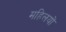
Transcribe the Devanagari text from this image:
महिलयों